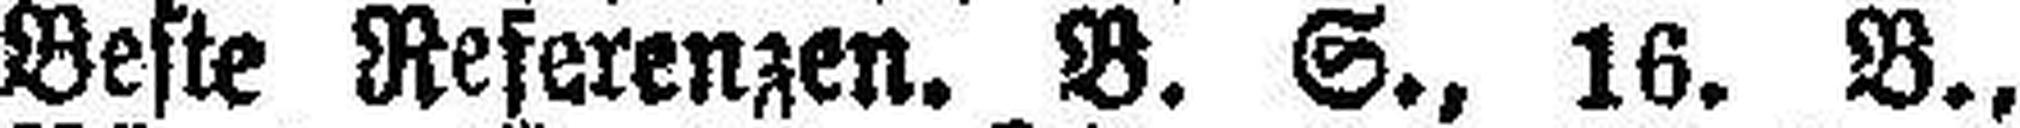
Beste Referenzen. B. S., 16. B.,